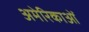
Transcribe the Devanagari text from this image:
अमेरिकाओं